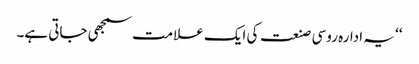
‘‘ یہ ادارہ روسی صنعت کی ایک علامت سمجھی جاتی ہے۔